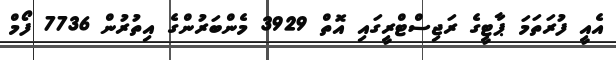
އެއީ ފުރަތަމަ ޕާޓީގެ ރަޖިސްޓްރީގައި އޮތް 3929 މެންބަރުންގެ އިތުރުން 7736 ފޯމް